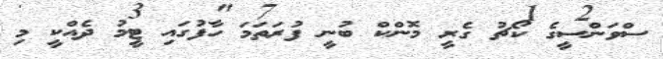
ސްވަންސީގެ ކޯޗު ގެރީ މޮންކް ބުނީ ފުރަތަމަ ހާފުގައި ޓީމު ދެެއްކީ މި